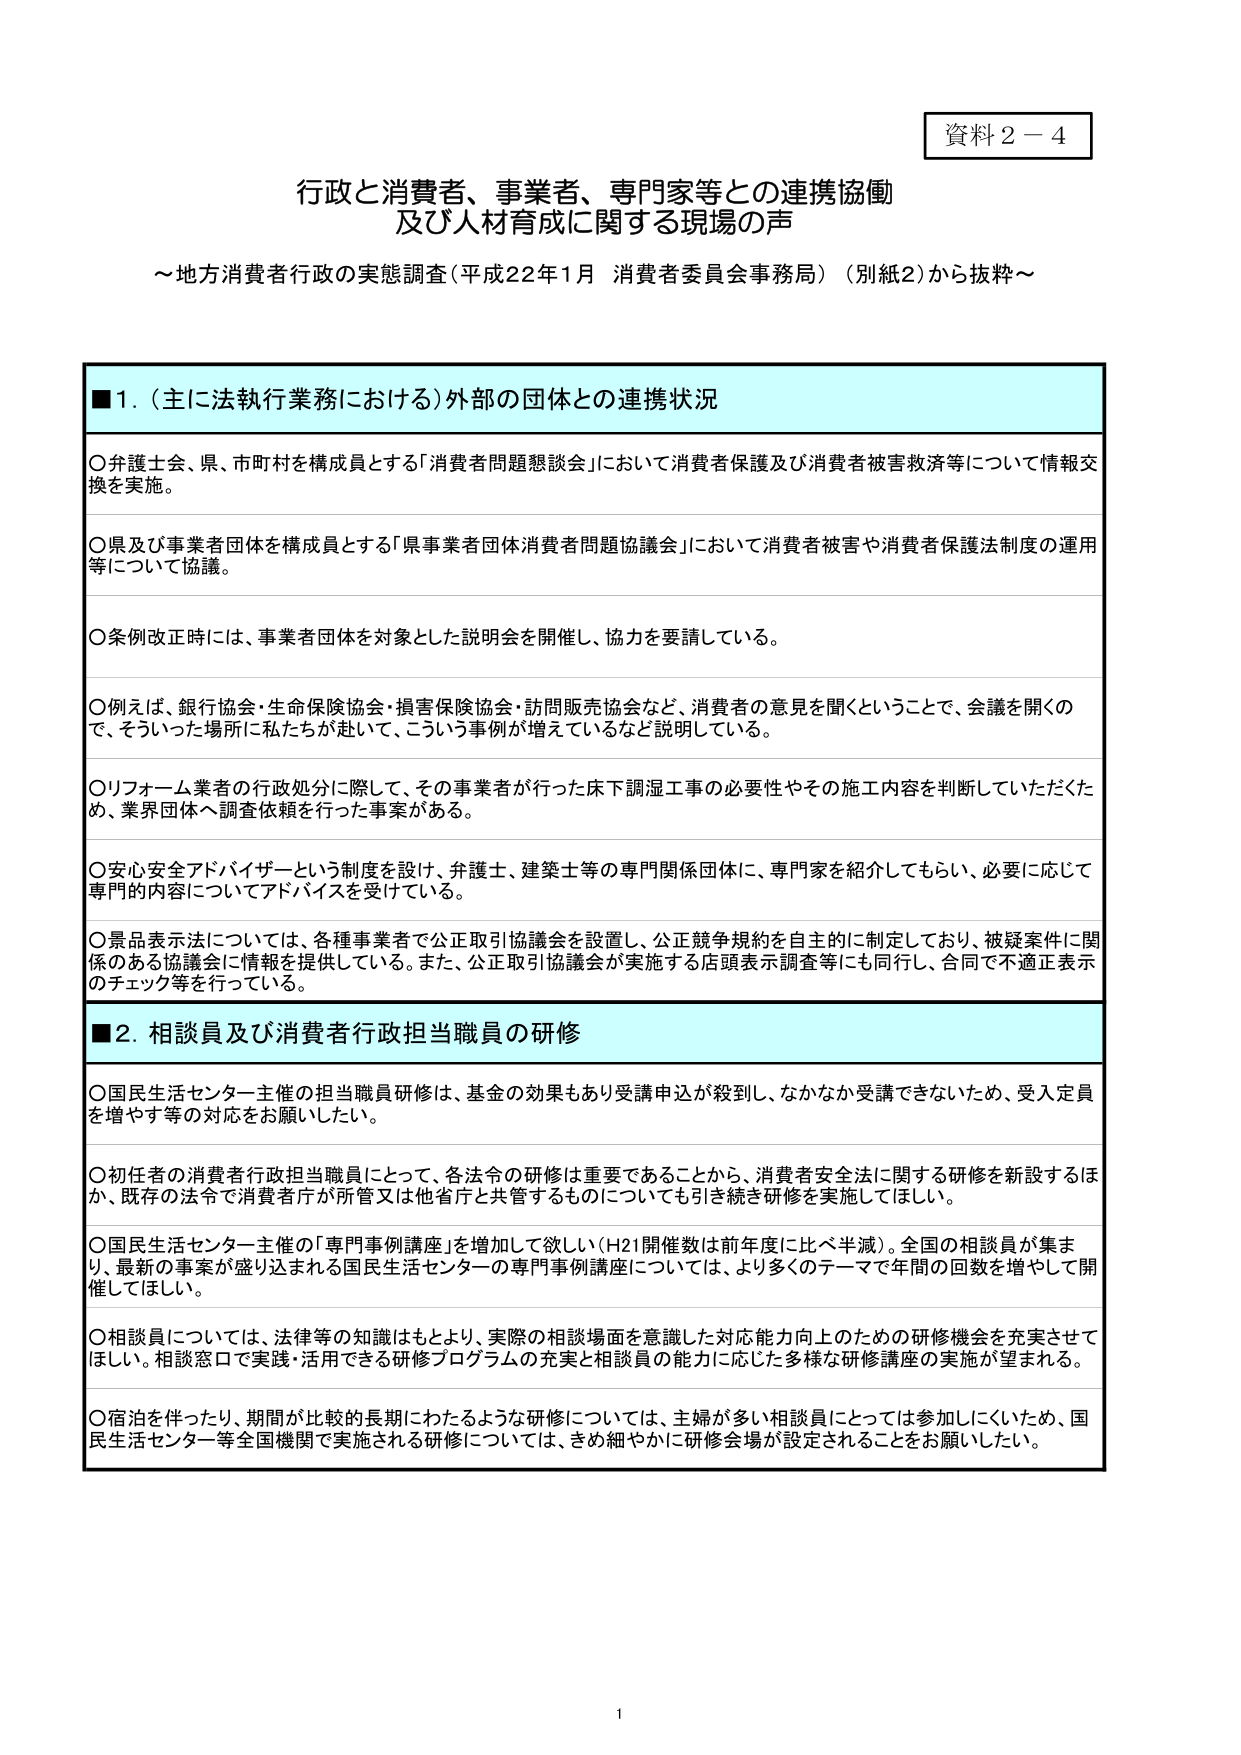
資料２－４

行政と消費者、事業者、専門家等との連携協働
及び人材育成に関する現場の声
～地方消費者行政の実態調査（平成22年1月 消費者委員会事務局）（別紙2）から抜粋～

■１．（主に法執行業務における）外部の団体との連携状況

○弁護士会、県、市町村を構成員とする「消費者問題懸談会」において消費者保護及び消費者被害救済等について情報交換を実施。

○県及び事業者団体を構成員とする「県事業者団体消費者問題協議会」において消費者被害や消費者保護法制度の運用等について協議。

○条例改正時には、事業者団体を対象とした説明会を開催し、協力を要請している。

○例えば、銀行協会・生命保険協会・損害保険協会・訪問販売協会など、消費者の意見を聞くということで、会議を開くので、そういった場所に私たちが赴いて、こういう事例が増えているなど説明している。

○リフォーム業者の行政処分に際して、その事業者が行った床下調湿工事の必要性やその施工内容を判断していただくため、業界団体へ調査依頼を行った事案がある。

○安心安全アドバイザーという制度を設け、弁護士、建築士等の専門関係団体に、専門家を紹介してもらい、必要に応じて専門的内容についてアドバイスを受けている。

○景品表示法については、各種事業者で公正取引協議会を設置し、公正競争規約を自主的に制定しており、被疑案件に関係のある協議会に情報を提供している。また、公正取引協議会が実施する店頭表示調査等にも同行し、合同で不適正表示のチェック等を行っている。

■２．相談員及び消費者行政担当職員の研修

○国民生活センター主催の担当職員研修は、基金の効果もあり受講申込が殺到し、なかなか受講できないため、受入定員を増やす等の対応をお願いしたい。

○初任者の消費者行政担当職員にとって、各法令の研修は重要であることから、消費者安全法に関する研修を新設するほか、既存の法令で消費者庁が所管又は他省庁と共管するものについても引き続き研修を実施してほしい。

○国民生活センター主催の「専門事例講座」を増加して欲しい（H21開催数は前年度に比べ半減）。全国の相談員が集まり、最新の事案が盛り込まれる国民生活センターの専門事例講座については、より多くのテーマで年間の回数を増やして開催してほしい。

○相談員については、法律等の知識はもとより、実際の相談場面を意識した対応能力向上のための研修機会を充実させてほしい。相談窓口で実践・活用できる研修プログラムの充実と相談員の能力に応じた多様な研修講座の実施が望まれる。

○宿泊を伴ったり、期間が比較的長期にわたるような研修については、主婦が多い相談員にとっては参加しにくいため、国民生活センター等全国機関で実施される研修については、きめ細やかに研修会場が設定されることをお願いしたい。

1